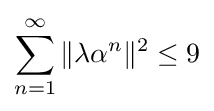
\sum _{n=1}^{\infty }\|\lambda \alpha ^{n}\|^{2}\leq 9